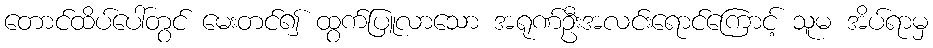
တောင်ထိပ်ပေါ်တွင် မေးတင်၍ ထွက်ပြူလာသော အရုဏ်ဦးအလင်းရောင်ကြောင့် သူမ အိပ်ရာမှ